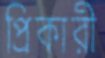
প্রিকারী